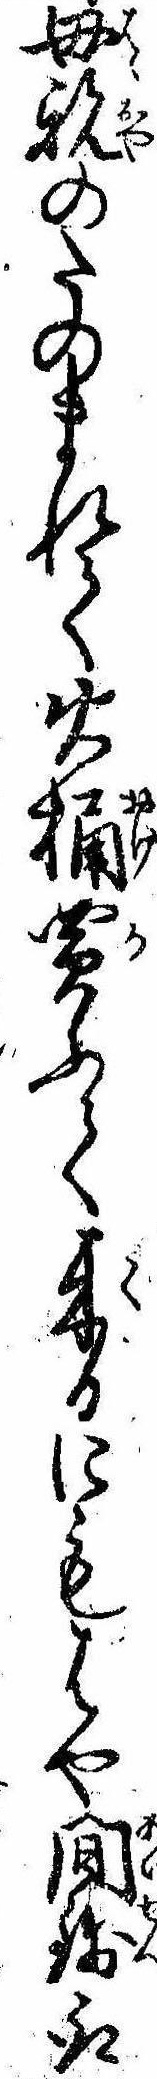
母親のたのまれて火桶買ふて来るにもはや間銭取